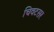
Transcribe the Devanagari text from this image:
चिवटसर